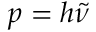
p = h { \tilde { \nu } }